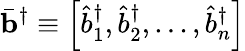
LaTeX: \bar{\mathbf{b}}^{\dagger}\equiv{\left[\hat{b}_{1}^{\dagger},\hat{b}_{2}^{\dagger},...,\hat{b}_{n}^{\dagger}\right]}